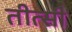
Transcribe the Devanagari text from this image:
तीत्सी